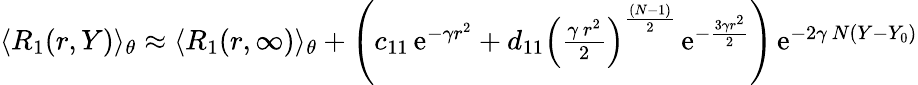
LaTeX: \begin{array}{r}{\langle R_{1}(r,Y)\rangle_{\theta}\approx\langle R_{1}(r,\infty)\rangle_{\theta}+\left(c_{11}\, \mathrm{e}^{-\gamma r^{2}}+d_{11}\left({\frac{\gamma\, r^{2}}{2}}\right)^{\frac{(N-1)}{2}}\, \mathrm{e}^{-\frac{3\gamma r^{2}}{2}}\right)\, \mathrm{e}^{-2\gamma\, N(Y-Y_{0})}}\end{array}